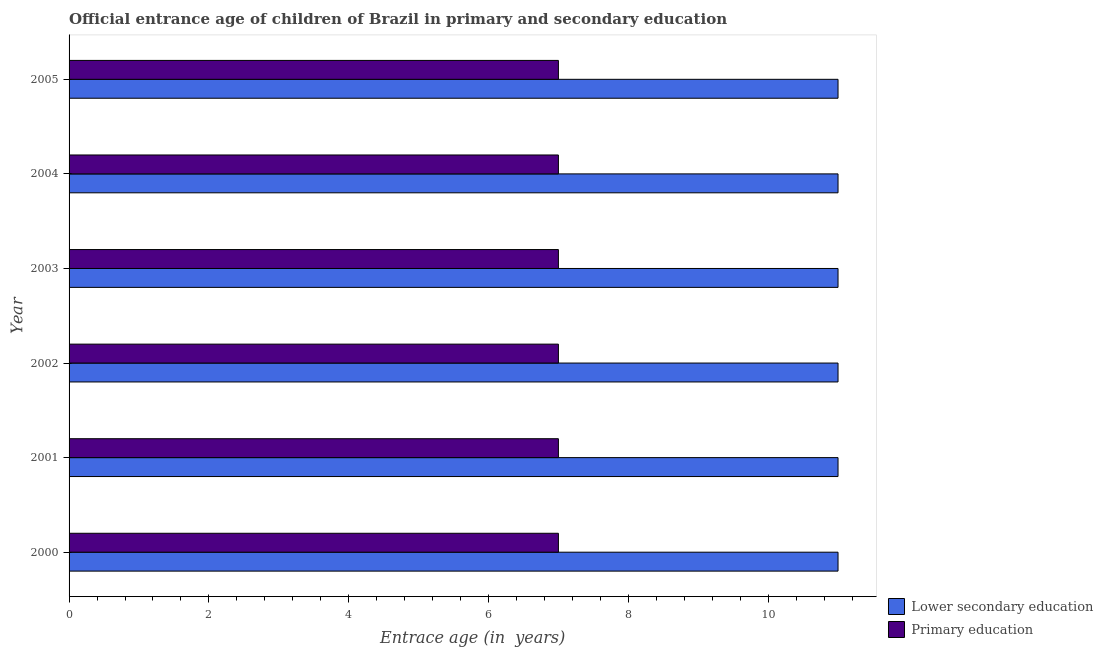
| Year | Lower secondary education | Primary education |
 | --- | --- | --- |
 | 2000 | 11 | 7 |
 | 2001 | 11 | 7 |
 | 2002 | 11 | 7 |
 | 2003 | 11 | 7 |
 | 2004 | 11 | 7 |
 | 2005 | 11 | 7 |